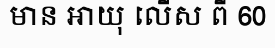
មាន អាយុ លើស ពី 60